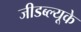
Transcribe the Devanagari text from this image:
जीडब्ल्यूके